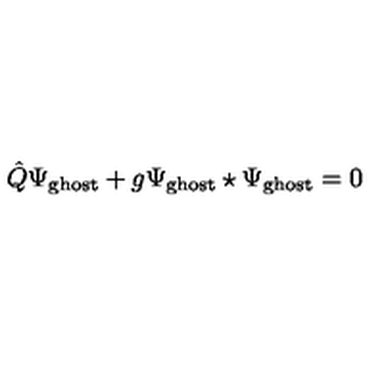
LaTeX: \hat { Q } \Psi _ { \mathrm { g h o s t } } + g \Psi _ { \mathrm { g h o s t } } \star \Psi _ { \mathrm { g h o s t } } = 0